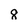
Character: 8